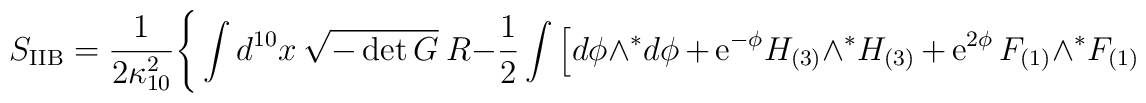
S_{\rm IIB} = \frac{1}{2 \kappa_{10}^2} \Bigg\{ \int d^{10} x~ \sqrt{-\det G}~ R - \frac{1}{2} \int \Big[ d \phi \wedge {}^* d \phi \,+\, {\rm e}^{- \phi} H_{(3)}  \wedge {}^* H_{(3)}\,+\, {\rm e}^{2 \phi}\, F_{(1)} \wedge {}^* F_{(1)}